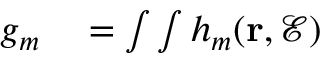
\begin{array} { r l } { g _ { m } } & { { } = \int \int h _ { m } ( \mathbf { r } , \mathcal { E } ) } \end{array}